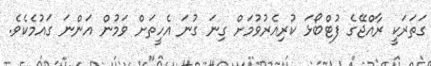
ގަތަރަކީ ރާއްޖޭގެ ފުޓްބޯޅަ ކުރިއެރުވުމަށް ގިނަ ގުނަ އެހީތަށް ވަމުން އަންނަ ގައުމެކެވެ.